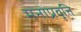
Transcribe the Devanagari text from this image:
मनोप्रवृत्ति